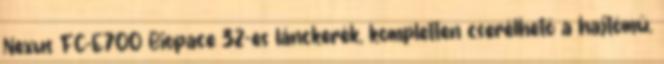
Nexus FC-E700 Biopace 32-es lánckerék, kompletten cserélhető a hajtómű.